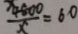
\frac { 4 8 0 0 } { x } = 6 0